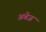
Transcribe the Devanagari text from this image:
अबेज